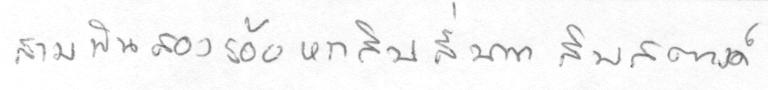
สามพันสองร้อยหกสิบสี่บาทสิบสตางค์